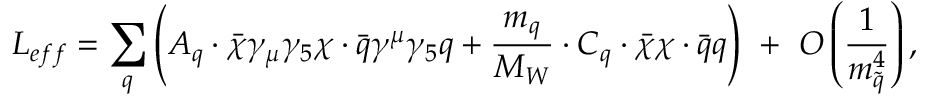
L _ { e f f } = \sum _ { q } ^ { } \left( { \cal A } _ { q } \cdot \bar { \chi } \gamma _ { \mu } \gamma _ { 5 } \chi \cdot \bar { q } \gamma ^ { \mu } \gamma _ { 5 } q + \frac { m _ { q } } { M _ { W } } \cdot { \cal C } _ { q } \cdot \bar { \chi } \chi \cdot \bar { q } q \right) \ + \ O \left( \frac { 1 } { m _ { \tilde { q } } ^ { 4 } } \right) ,